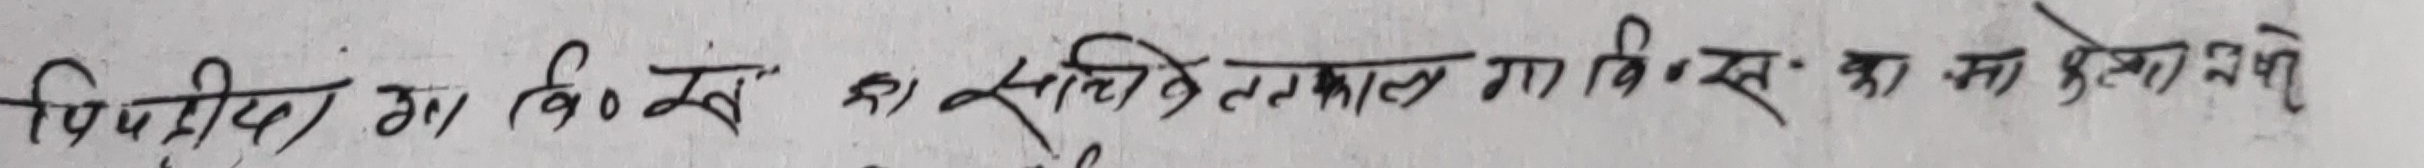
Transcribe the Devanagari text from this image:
पिथ्दीमा विविध का सृस्निति तत्कालिन वि.स. का लागि गरेको थि।